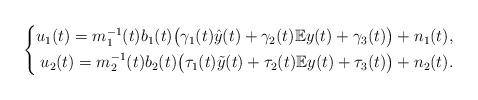
LaTeX: \begin{align*} \left\{ \begin{aligned} u_{1}(t)=m_{1}^{-1}(t)b_{1}(t)\big(\gamma_{1}(t)\hat{y}(t)+\gamma_{2}(t)\mathbb{E}y(t)+\gamma_{3}(t)\big)+n_{1}(t), \\ u_{2}(t)=m_{2}^{-1}(t)b_{2}(t)\big(\tau_{1}(t)\tilde{y}(t)+\tau_{2}(t)\mathbb{E}y(t)+\tau_{3}(t)\big)+n_{2}(t).\end{aligned}\right.\end{align*}